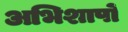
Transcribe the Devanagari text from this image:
अभिशापों